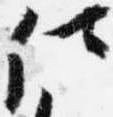
仕